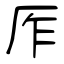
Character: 厏